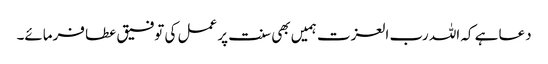
دعا ہے کہ اللہ رب العزت ہمیں بھی سنت پر عمل کی توفیق عطا فرمائے۔